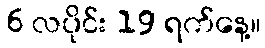
6 လပိုင်း 19 ရက်နေ့။